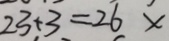
2 3 + 3 = 2 6 \times